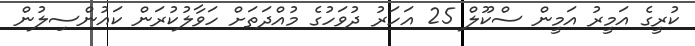
ކުރީގެ އަމީރު އަމީން ސްކޫލް 25 އަހަރު ދުވަހުގެ މުއްދަތަށް ހަވާލުކުރަން ކައުންސިލުން